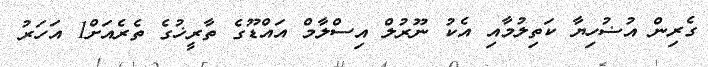
ގެރިން އުޟުހިޔާ ކަތިލުމާއި އެކު ނޫރުލް އިސްލާމް އައްޑޫގެ ތާރީޚުގެ ތެރެއަށް1 އަހަރު